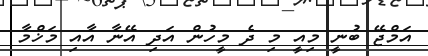
އަމްޖޭ ބުނީ މިއީ މި ދެ މީހުން އަދި އޭނާ އާއި މަޚްމާ